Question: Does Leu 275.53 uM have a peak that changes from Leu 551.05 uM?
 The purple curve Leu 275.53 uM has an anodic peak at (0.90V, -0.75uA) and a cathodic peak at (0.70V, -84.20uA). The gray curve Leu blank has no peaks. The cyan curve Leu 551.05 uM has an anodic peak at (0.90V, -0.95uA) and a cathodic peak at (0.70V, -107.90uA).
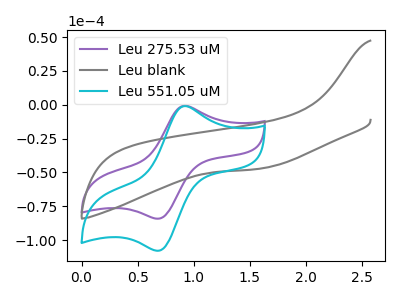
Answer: <think>All the peaks in "Leu 275.53 uM" have a peak in "Leu 551.05 uM" at the same potential.
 </think>
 <answer>No, "Leu 275.53 uM" and "Leu 551.05 uM" don't appear to be significantly different in shape</answer>
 <eval>no_change</eval>